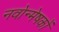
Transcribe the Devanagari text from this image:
नवोन्मेषकों